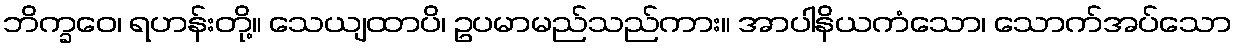
ဘိက္ခဝေ၊ ရဟန်းတို့။ သေယျထာပိ၊ ဥပမာမည်သည်ကား။ အာပါနိယကံသော၊ သောက်အပ်သော